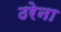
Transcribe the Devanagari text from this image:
ठरेना